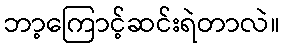
ဘာ့ကြောင့်ဆင်းရဲတာလဲ။